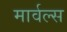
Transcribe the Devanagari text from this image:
मार्वल्स